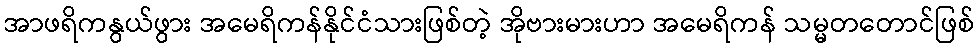
အာဖရိကနွယ်ဖွား အမေရိကန်နိုင်ငံသားဖြစ်တဲ့ အိုဗားမားဟာ အမေရိကန် သမ္မတတောင်ဖြစ်